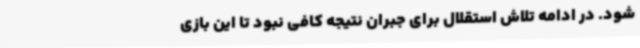
شود. در ادامه تلاش استقلال برای جبران نتیجه کافی نبود تا این بازی